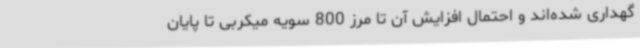
گهداری شده‌اند و احتمال افزایش آن تا مرز 800 سویه میکربی تا پایان